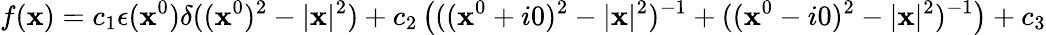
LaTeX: f(\mathbf{x})=c_{1}\epsilon(\mathbf{x}^{0})\delta((\mathbf{x}^{0})^{2}-|{\mathbf{\mathbf{x}}}|^{2})+c_{2}\left(((\mathbf{x}^{0}+i0)^{2}-|{\mathbf{\mathbf{x}}}|^{2})^{-1}+((\mathbf{x}^{0}-i0)^{2}-|{\mathbf{\mathbf{x}}}|^{2})^{-1}\right)+c_{3}